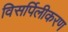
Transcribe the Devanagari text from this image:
विसर्पिलीकरण